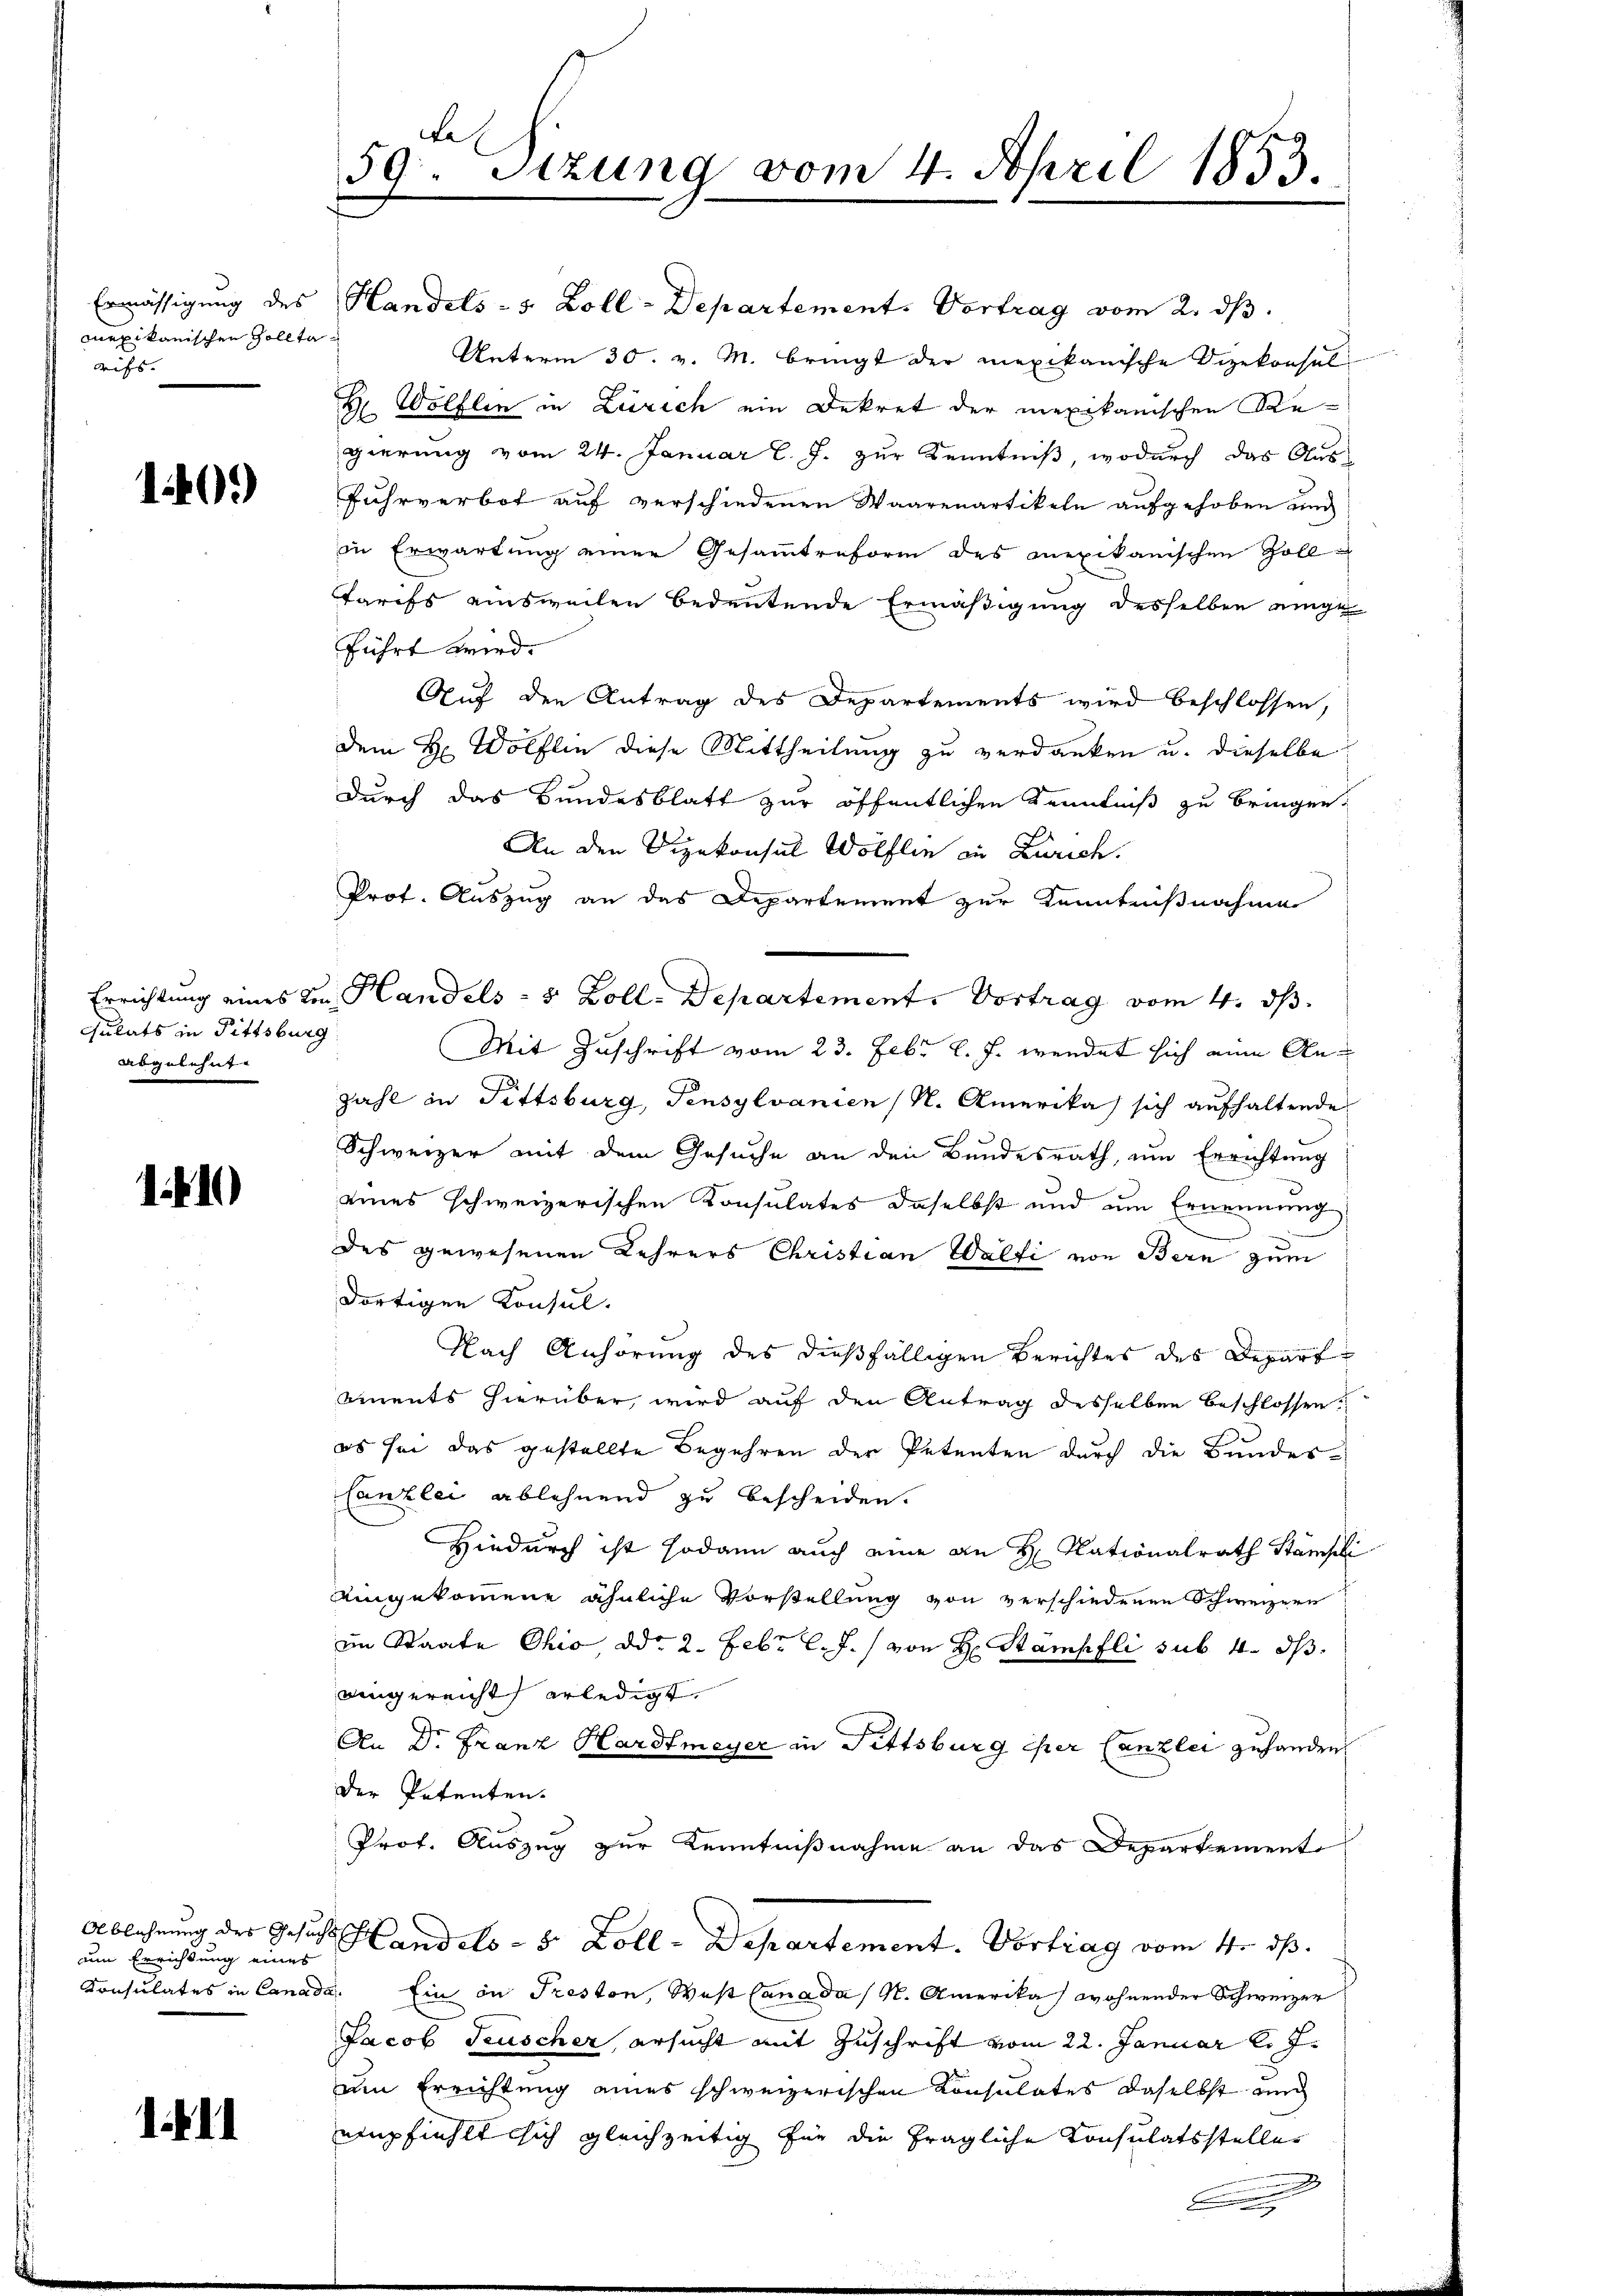
mexikanischen Zollta
rifs. |

140.)

gulats in Fittsburg
abgelehnt

110

um Errichtung eines

1.11

te
50. Sitzung vom 4. April 1853.

Ermässigung des Handels - 5 Zoll-Departement. Vortrag vom 2. ds.
Unterm 30. v. M. bringt der mexikanische Dizekonsul-
H Wölflen in Zürich ein Dekret der mexikanischen Regierung vom 24. Januar l. J. zur Kenntniß, wodurch das Ausfuhrverbot auf verschiedenen Waarenartikeln aufgehoben und
in Erwartung einer Gesammtreform des Mexikanischen Zoll
Tarifs einsweilen bedeutende Ermäßigung desselben einge
führt wird.
Auf den Antrag des Departements wird beschlossen,
dem H. Wölflin diese Mittheilung zu verdanken u. dieselbe
durch das Bundesblatt zur öffentlichen Kenntniß zu bringen,
An den Vizekonsul Wölflin in Zürich.
Prof. Auszug an das Departement zur Kenntnißnahme
Errichtung eines den Handels- 5 Zoll. Departement. Vortrag vom 4. ds.
Mit Zuschrift vom 23. Febr. l. J. wendet sich eine An¬
Zahl in Fittsburg, Tensylvanien (N. Amerika sich aufhaltende
Schweizer mit dem Gesuche an den Bundesrath, um Errichtung
eines schweizerischen Konsulates daselbst und um Ernennung
des gewesenen Lehrers Christian Walfi von Bern zum
dortigen Konsul
Nach Anhörung des dießfälligen Berichtes des Depart
ements hierüber, wird auf den Antrag desselben beschlossen.
es sei das gestellte Begehren der Petenten durch die Bundes-
Canzlei ablehnend zu bescheiden.
Hiedurch ist sodann auch eine an H. Nationalrath Stämpel
Aingekommene ähnliche Vorstellung von verschiedenen Schweizern
im Staate Ohio, ddo 2. Febr. l. J. von H. Stämpfli sub. 4. ds.
eingereicht erledigt.
An Dr. Franz Hardmeyer in Fittsburg iper Canzlei zuhanden
der Petenten.
Prof. Auszug zur Kenntnißnahme an das Departement
Ablehnung des Gesucht Handels- & Zoll-Departement. Vortrag vom 4. ds.
Konsulates in Canada. Ein in Treston, West Canada / M. Amerika wohnender Schweizer
Jacob Teuscher ersucht mit Zuschrift vom 22. Januar l. J.
um Errichtung eines schweizerischen Konsulates daselbst und
empfiehlt sich gleichzeitig für die fragliche Consulatsstelles
.